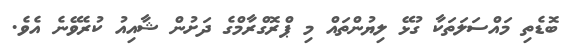
ބޮޑެތި މައްސަލަތަކާ ގުޅޭ ލިޔުންތައް މި ޕްރޮގްރާމްގެ ދަށުން ޝާއިއު ކުރެވޭނެ އެވެ.